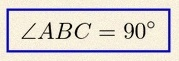
\angle ABC=90^\circ